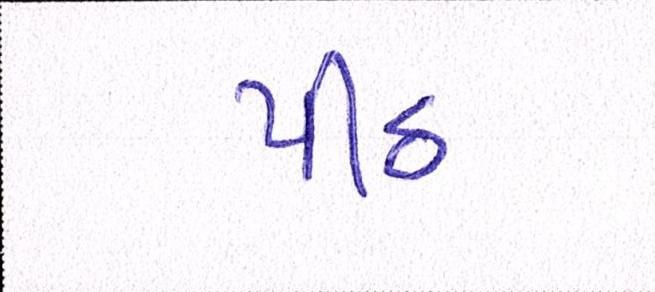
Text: પીઠ